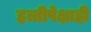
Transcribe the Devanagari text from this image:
हत्तीपेक्षाही